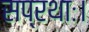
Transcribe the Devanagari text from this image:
सप्रथाः।